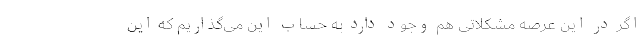
اگر در این عرصه مشکلاتی هم وجود دارد به حساب این می‌گذاریم که این